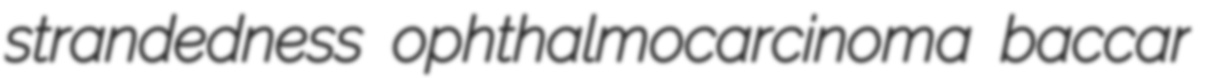
strandedness ophthalmocarcinoma baccar